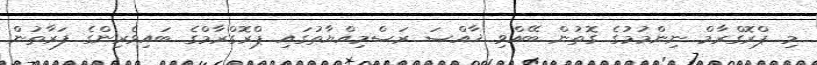
މި ޕްރޮގްރާމް ނިންމުމުގެ ގޮތުން ބޭއްވި ޚާއްޞަ ރަސްމިއްޔާތުގައި ޕްރޮގްރާމްގެ ބައިވެރިންގެ ފަރާތުން